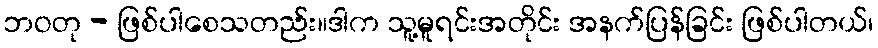
ဘဝတု - ဖြစ်ပါစေသတည်း။ဒါက သူ့မူရင်းအတိုင်း အနက်ပြန်ခြင်း ဖြစ်ပါတယ်၊